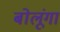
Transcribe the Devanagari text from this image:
बोलूंगा